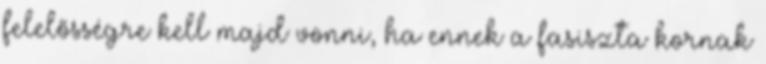
felelősségre kell majd vonni, ha ennek a fasiszta kornak